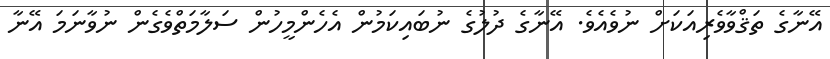
އޭނާގެ ތަޤްވާވެރިއަކަށް ނުވެއެވެ. އޭނާގެ ދުލުގެ ނުބައިކަމުން އެހެންމީހުން ސަލާމަތްވެގެން ނުވާނަމަ އޭނާ